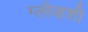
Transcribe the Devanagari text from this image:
ग्लोव्हशी